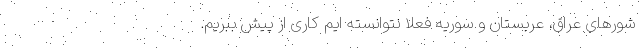
شورهای عراق، عربستان و سوریه فعلا نتوانسته ایم کاری از پیش ببریم.